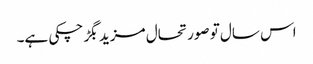
اس سال تو صورتحال مزید بگڑ چکی ہے۔